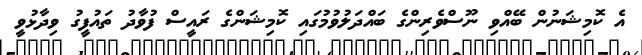
އެ ކޮމިޝަނުން ބޭއްވި ނޫސްވެރިންގެ ބައްދަލުވުމުގައި ކޮމިޝަންގެ ރައީސް ފުވާދު ތައުފީގު ވިދާޅުވީ